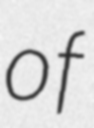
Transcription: of